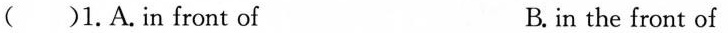
( )1.A.in front of B. in the front of